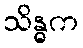
သိန္ဓက